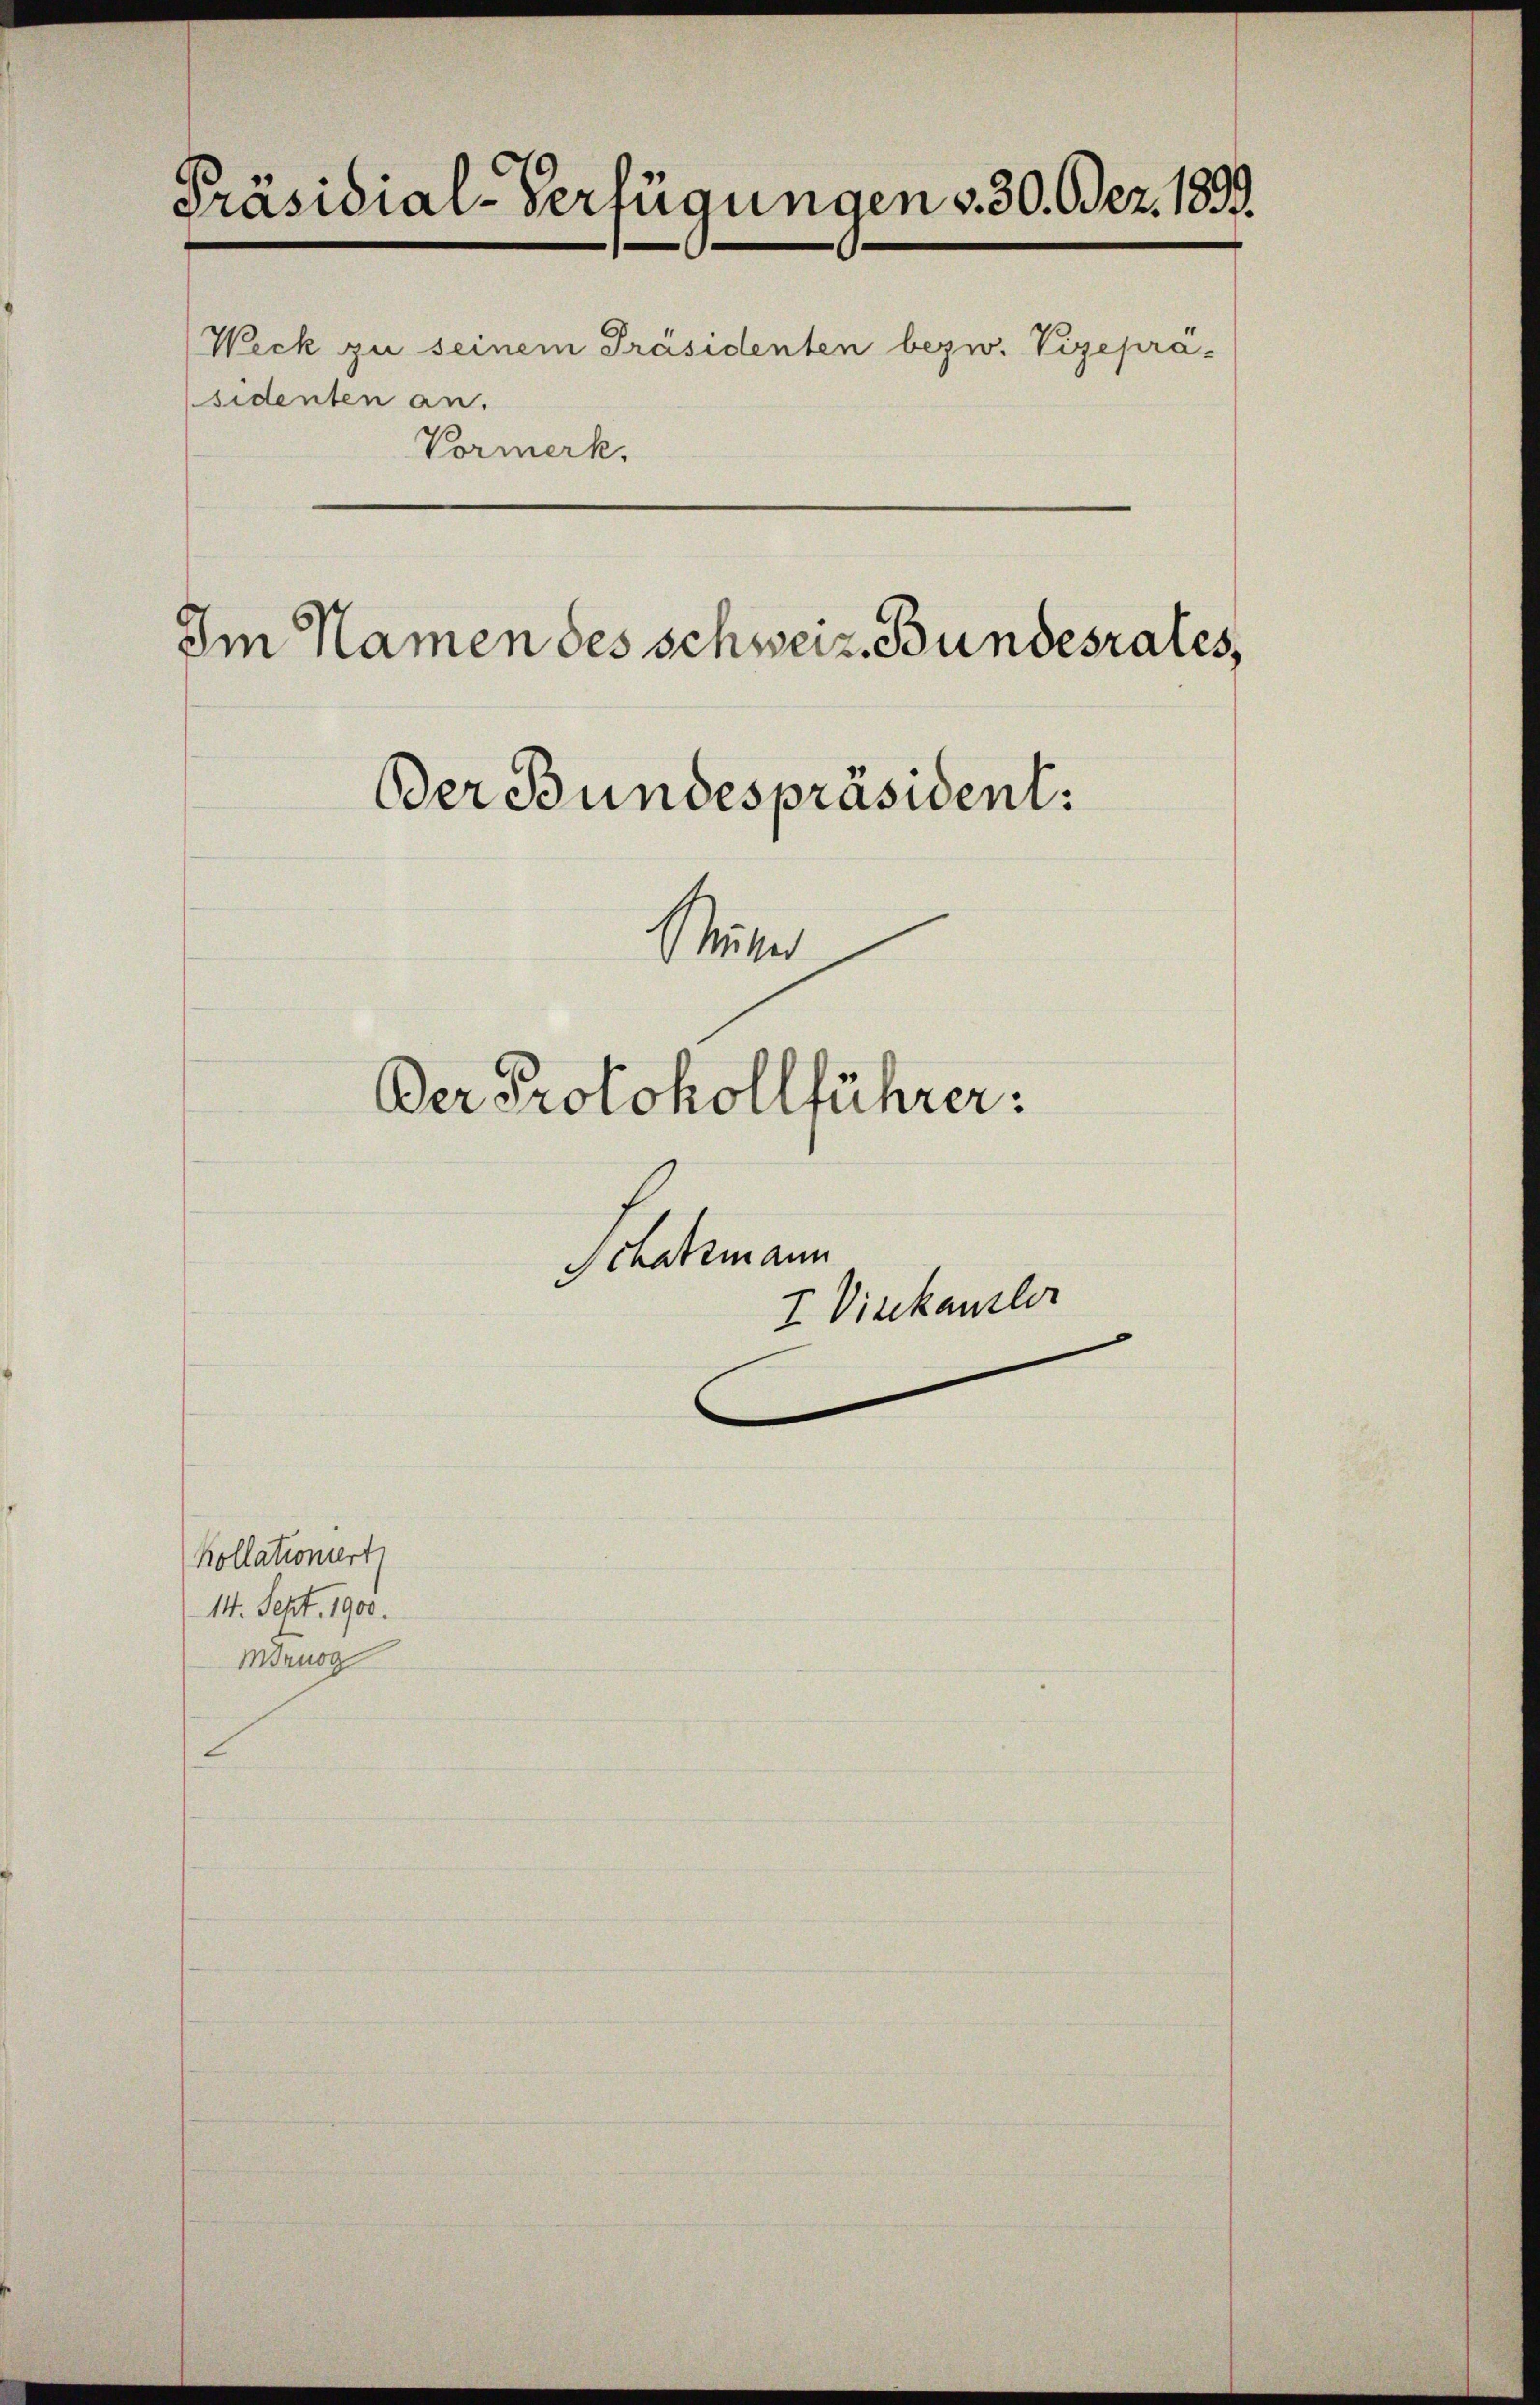
Präsidial-Verfügungen v. 30. Bez. 1899.
Weck zu seinem Präsidenten bezw. Vizeprä¬
Im Namen des schweiz. Bundesrates,

sidenten an.
Vormerk.

Der Bundespräsident:

Kollationiert
14. Sept. 1900.
Mornoch

I Viskanzler

Miter

Der Protokollführer:

Schatzmann